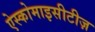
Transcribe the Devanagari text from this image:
ऐस्कोमाइसीटीज़